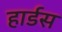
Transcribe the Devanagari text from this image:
हार्डस